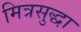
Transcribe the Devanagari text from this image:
मित्रसुद्धा